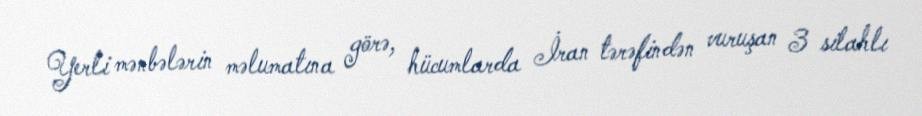
Yerli mənbələrin məlumatına görə, hücumlarda İran tərəfindən vuruşan 3 silahlı